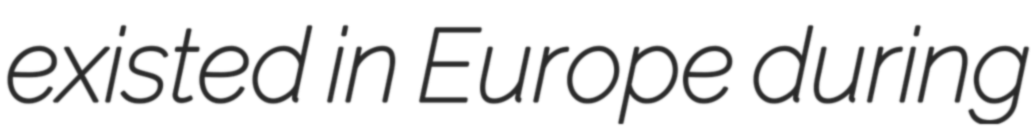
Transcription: existed in Europe during